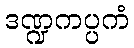
ဒဏ္ဍကပ္ပကံ